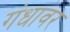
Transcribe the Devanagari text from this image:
गंधावर